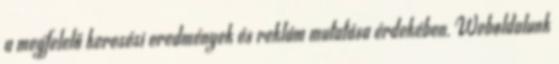
a megfelelő keresési eredmények és reklám mutatása érdekében. Weboldalunk